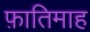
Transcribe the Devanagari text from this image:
फ़ातिमाह